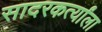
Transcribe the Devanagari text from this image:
सादरकर्त्यांला